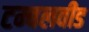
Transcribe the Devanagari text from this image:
टम्बलवीड